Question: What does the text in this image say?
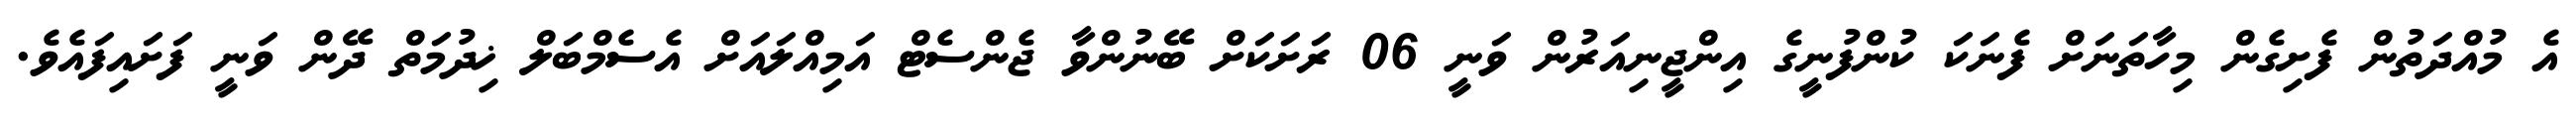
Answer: އެ މުއްދަތުން ފެށިގެން މިހާތަނަށް ފެނަކަ ކުންފުނީގެ އިންޖީނިއަރުން ވަނީ 06 ރަށަކަށް ބޭނުންވާ ޖެންސެޓް އަމިއްލައަށް އެސެމްބަލް ޚިދުމަތް ދޭން ވަނީ ފަށައިފައެވެ.